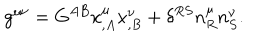
LaTeX: g ^ { \mu \nu } = G ^ { A B } x _ { , A } ^ { \mu } x _ { , B } ^ { \nu } + \delta ^ { R S } n _ { R } ^ { \mu } n _ { S } ^ { \nu } .